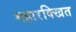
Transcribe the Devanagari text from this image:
महारक्खित